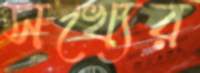
সখ্যের